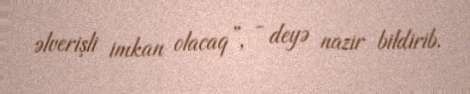
əlverişli imkan olacaq”, - deyə nazir bildirib.